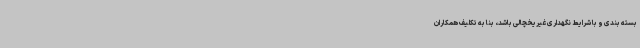
بسته بندی و با شرایط نگهداری غیریخچالی باشد، بنا به تکلیف همکاران